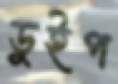
ডুইপ